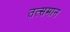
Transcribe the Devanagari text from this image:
तत्समान